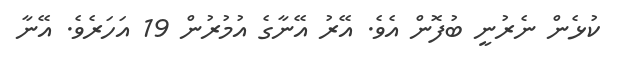
ކުޅެން ނެރުނީ ބުފޮން އެވެ. އޭރު އޭނާގެ އުމުރުން 19 އަހަރެވެ. އޭނާ